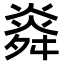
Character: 㷠